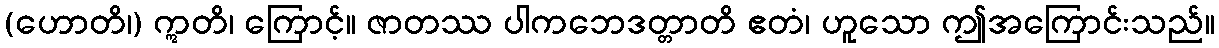
(ဟောတိ၊) ဣတိ၊ ကြောင့်။ ဇာတဿ ပါကဘေဒတ္တာတိ ဧတံ၊ ဟူသော ဤအကြောင်းသည်။